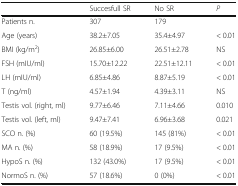
<table><thead><tr><td></td><td><b>Succesfull SR</b></td><td><b>No SR</b></td><td><b><i>P</i></b></td></tr></thead><tbody><tr><td>Patients n.</td><td>307</td><td>179</td><td></td></tr><tr><td>Age (years)</td><td>38.2±7.05</td><td>35.4±4.97</td><td>&lt; 0.01</td></tr><tr><td>BMI (kg/m<sup>2</sup>)</td><td>26.85±6.00</td><td>26.51±2.78</td><td>NS</td></tr><tr><td>FSH (mIU/ml)</td><td>15.70±12.22</td><td>22.51±12.11</td><td>&lt; 0.01</td></tr><tr><td>LH (mIU/ml)</td><td>6.85±4.86</td><td>8.87±5.19</td><td>&lt; 0.01</td></tr><tr><td>T (ng/ml)</td><td>4.57±1.94</td><td>4.39±3.11</td><td>NS</td></tr><tr><td>Testis vol. (right, ml)</td><td>9.77±6.46</td><td>7.11±4.66</td><td>0.010</td></tr><tr><td>Testis vol. (left, ml)</td><td>9.47±7.41</td><td>6.96±3.68</td><td>0.021</td></tr><tr><td>SCO n. (%)</td><td>60 (19.5%)</td><td>145 (81%)</td><td>&lt; 0.01</td></tr><tr><td>MA n. (%)</td><td>58 (18.9%)</td><td>17 (9.5%)</td><td>&lt; 0.01</td></tr><tr><td>HypoS n. (%)</td><td>132 (43.0%)</td><td>17 (9.5%)</td><td>&lt; 0.01</td></tr><tr><td>NormoS n. (%)</td><td>57 (18.6%)</td><td>0 (0%)</td><td>&lt; 0.01</td></tr></tbody></table>